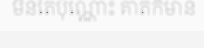
មិនតែប៉ុណ្ណោះ គាត់ក៏មាន